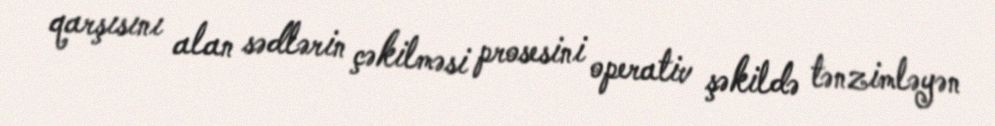
qarşısını alan sədlərin çəkilməsi prosesini operativ şəkildə tənzimləyən